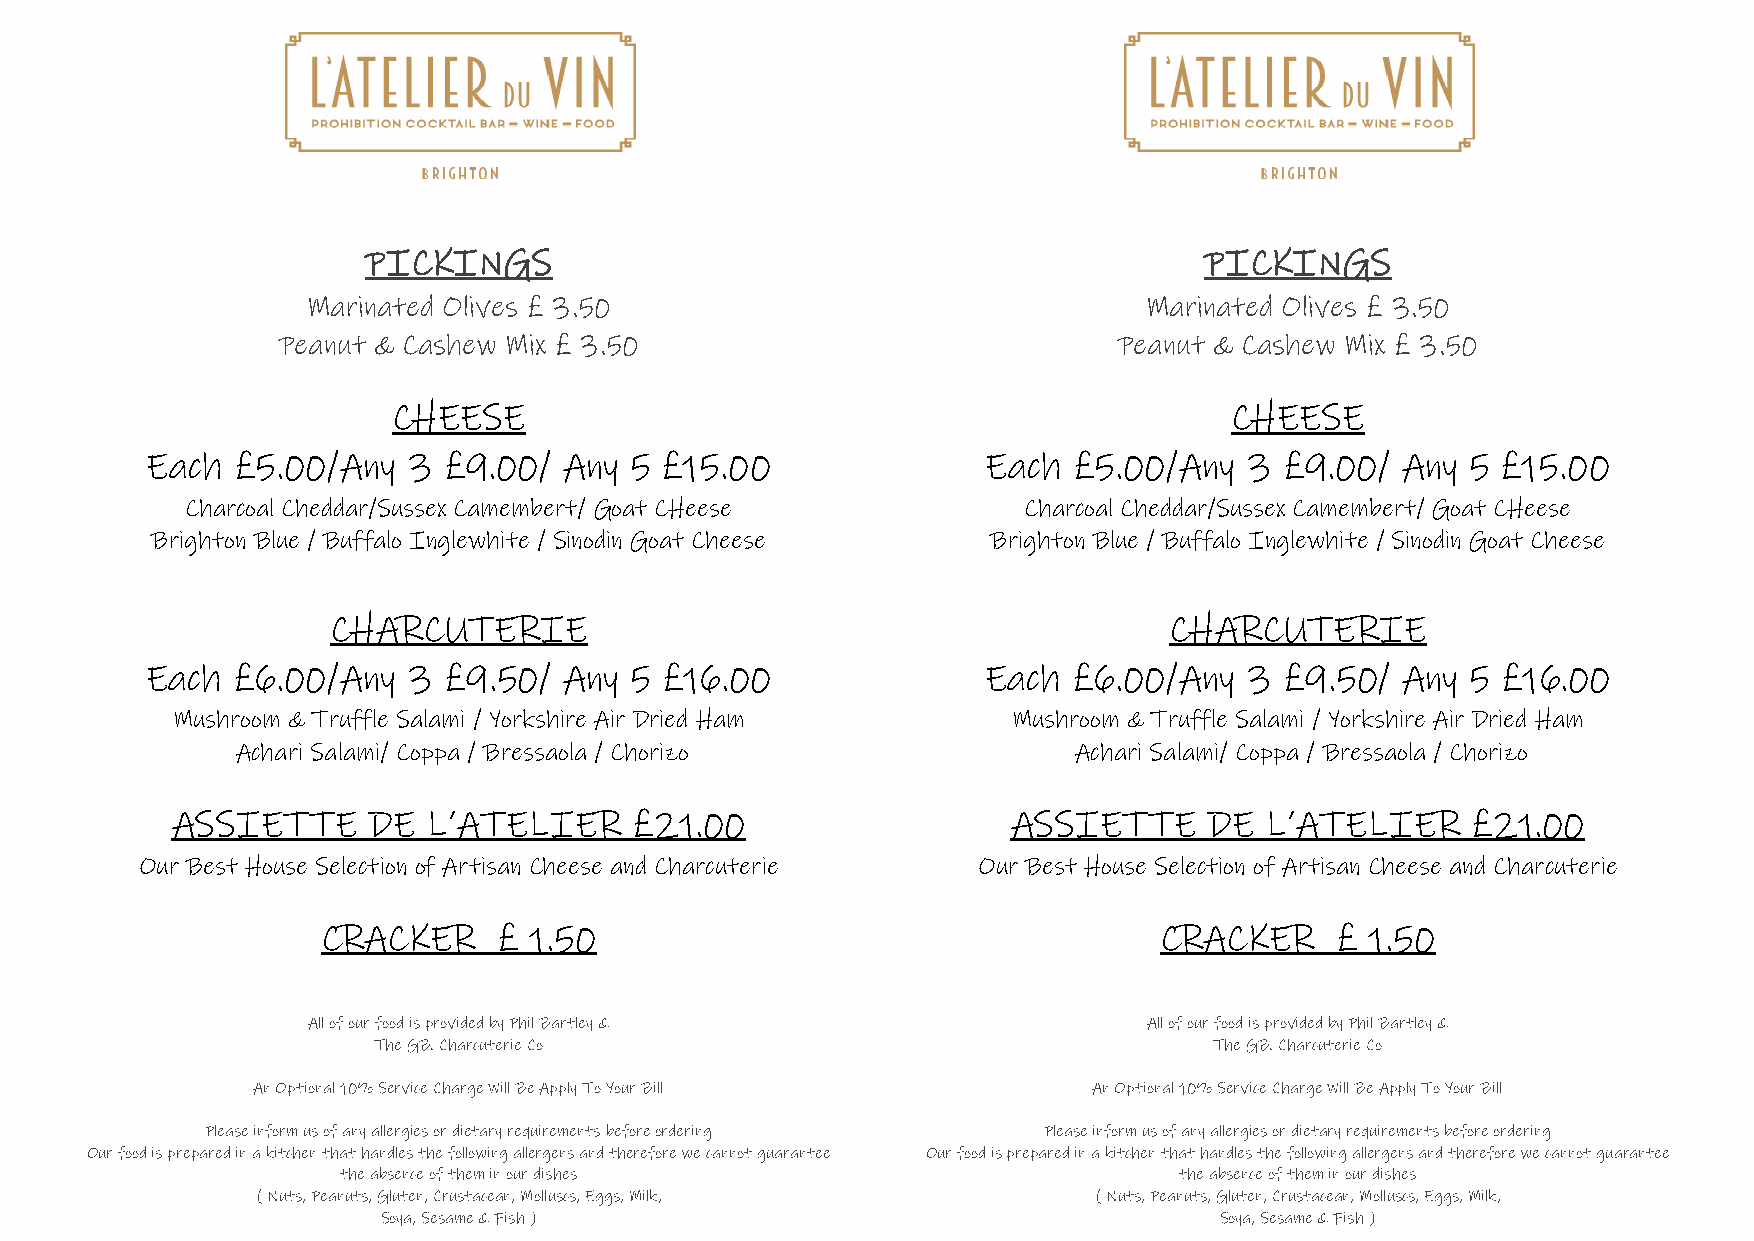
PICKINGS                                                PICKINGS
 Marinated Olives £ 3.50                                 Marinated Olives £ 3.50
 Peanut & Cashew Mix £ 3.50                              Peanut & Cashew Mix £ 3.50
 CHEESE                                                 CHEESE
 Each  £5.00/Any  3 £9.00/  Any  5 £15.00               Each  £5.00/Any   3 £9.00/  Any 5 £15.00
 Charcoal Cheddar/Sussex Camembert/ Goat CHeese          Charcoal Cheddar/Sussex Camembert/ Goat CHeese
 Brighton Blue / Buffalo Inglewhite / Sinodin Goat Cheese Brighton Blue / Buffalo Inglewhite / Sinodin Goat Cheese
 CHARCUTERIE                                            CHARCUTERIE
 Each £6.00/Any   3 £9.50/  Any  5 £16.00               Each  £6.00/Any   3 £9.50/  Any 5 £16.00
 Mushroom & Truffle Salami / Yorkshire Air Dried Ham     Mushroom & Truffle Salami / Yorkshire Air Dried Ham
 Achari Salami/ Coppa / Bressaola / Chorizo             Achari Salami/ Coppa / Bressaola / Chorizo
 ASSIETTE     DE  L’ATELIER     £21.00                   ASSIETTE     DE  L’ATELIER    £21.00
 Our Best House Selection of Artisan Cheese and Charcuterie Our Best House Selection of Artisan Cheese and Charcuterie
 CRACKER     £ 1.50                                      CRACKER     £ 1.50
 All of our food is provided by Phil Bartley &           All of our food is provided by Phil Bartley &
 The GB. Charcuterie Co                                 The GB. Charcuterie Co
 An Optional 10% Service Charge Will Be Apply To Your Bill An Optional 10% Service Charge Will Be Apply To Your Bill
 Please inform us of any allergies or dietary requirements before ordering Please inform us of any allergies or dietary requirements before ordering
 Our food is prepared in a kitchen that handles the following allergens and therefore we cannot guarantee Our food is prepared in a kitchen that handles the following allergens and therefore we cannot guarantee
 the absence of them in our dishes                      the absence of them in our dishes
 ( Nuts, Peanuts, Gluten, Crustacean, Molluscs, Eggs, Milk, ( Nuts, Peanuts, Gluten, Crustacean, Molluscs, Eggs, Milk,
 Soya, Sesame & Fish )                                   Soya, Sesame & Fish )